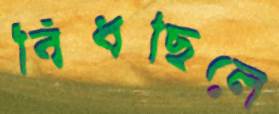
বিঁধছিলে